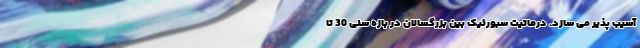
آسیب پذیر می سازد. درماتیت سبورئیک بین بزرگسالان در بازه سنی 30 تا